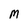
Character: m